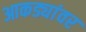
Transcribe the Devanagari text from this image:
आकड्यांवर